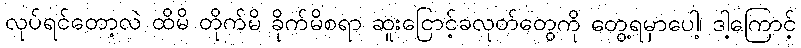
လုပ်ရင်တော့လဲ ထိမိ တိုက်မိ ခိုက်မိစရာ ဆူးငြောင့်ခလုတ်တွေကို တွေ့ရမှာပေါ့၊ ဒါ့ကြောင့်